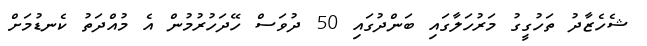
ޝެހެޒާދު ތަހުގީގު މަރުހަލާގައި ބަންދުގައި 50 ދުވަސް ހޭދަހުރުމުން އެ މުއްދަތު ކެނޑުމަށް